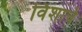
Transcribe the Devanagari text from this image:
विेशाचे